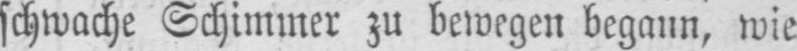
schwache Schimmer zu bewegen begann, wie